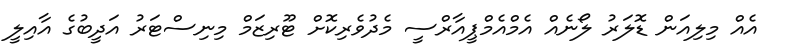
އެއް މިލިއަން ޑޮލަރު ލޯނެއް އެމްއެމްޕީއާރްސީ މެދުވެރިކޮށް ޓޫރިޒަމް މިނިސްޓަރު އަދީބުގެ އާއިލީ